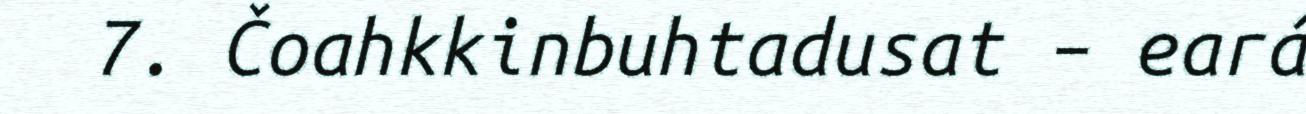
7. Čoahkkinbuhtadusat – eará